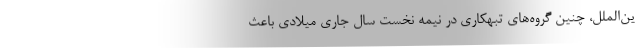
ین‌الملل، چنین گروه‌های تبهکاری در نیمه نخست سال جاری میلادی باعث